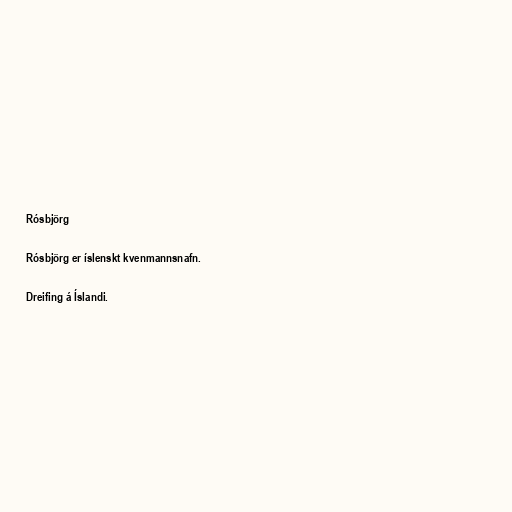
Rósbjörg

Rósbjörg er íslenskt kvenmannsnafn.

Dreifing á Íslandi.